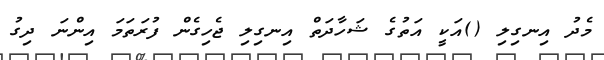
މެދު އިނގިލި ()އަކީ އަތުގެ ޝަހާދަތް އިނގިލި ޖެހިގެން ފުރަތަމަ އިންނަ ދިގު